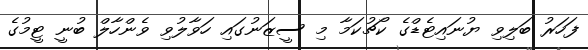
ފަހަރު ބަލިވި ޔުނައިޓެޑްގެ ކޯޗުކަމާ މި ސީޒަނުގައި ހަވާލުވި ވެންހާލް ބުނީ ޓީމުގެ